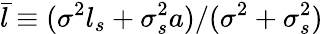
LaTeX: \bar{l}\equiv(\sigma^{2}l_{s}+\sigma_{s}^{2}a)/(\sigma^{2}+\sigma_{s}^{2})